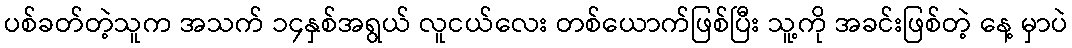
ပစ်ခတ်တဲ့သူက အသက် ၁၄နှစ်အရွယ် လူငယ်လေး တစ်ယောက်ဖြစ်ပြီး သူ့ကို အခင်းဖြစ်တဲ့ နေ့ မှာပဲ